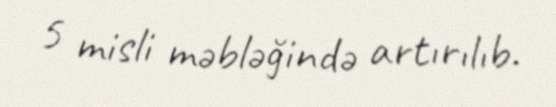
5 misli məbləğində artırılıb.